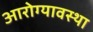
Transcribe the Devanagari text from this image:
आरोग्यावस्था